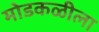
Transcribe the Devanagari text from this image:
मोडकळीला